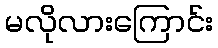
မလိုလားကြောင်း